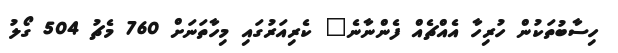
ހިސާބުތަކުން ހުރިހާ އެއްޗެއް ފެންނާނެ" ކެރިއަރުގައި މިހާތަނަށް 760 މެޗު 504 ގޯލު